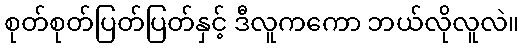
စုတ်စုတ်ပြတ်ပြတ်နှင့် ဒီလူကကော ဘယ်လိုလူလဲ။